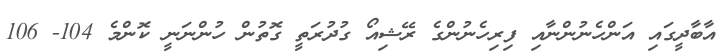
އާބާދީގައި އަންހެނުންނާއި ފިރިހެނުންގެ ރޭޝިއޯ ގުދުރަތީ ގޮތުން ހުންނަނީ ކޮންމެ 104- 106